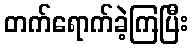
တက်ရောက်ခဲ့ကြပြီး